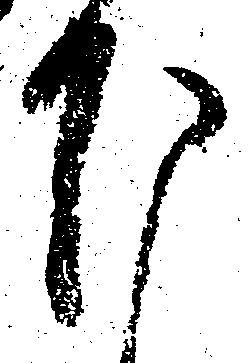
下